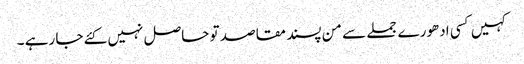
کہیں کسی ادھورے جملے سے من پسند مقاصد تو حاصل نہیں کئے جا رہے ۔